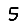
Digit: 5